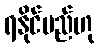
ရနိုင်မည်ဟု